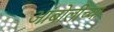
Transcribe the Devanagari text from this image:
आंबोलीच्या